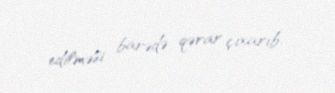
edilməsi barədə qərar çıxarıb.